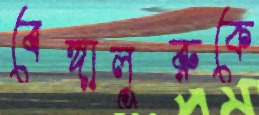
বেঙ্গালুরুকে